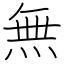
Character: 無